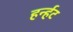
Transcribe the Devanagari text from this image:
हर्न्हट